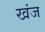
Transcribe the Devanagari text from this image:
खंज